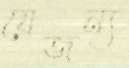
যেজন্য